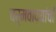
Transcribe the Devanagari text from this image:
चर्मवाद्यांची